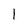
Character: 1